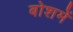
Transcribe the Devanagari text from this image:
बोशमें